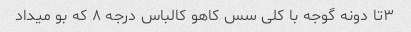
۳تا دونه گوجه با کلی سس کاهو کالباس درجه ۸ که بو میداد